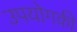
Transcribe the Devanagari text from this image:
उपयोगकी